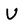
Character: U